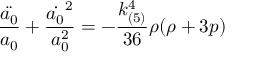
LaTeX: \frac { \ddot { a _ { 0 } } } { a _ { 0 } } + \frac { \dot { a _ { 0 } } ^ { 2 } } { a _ { 0 } ^ { 2 } } = - \frac { k _ { ( 5 ) } ^ { 4 } } { 3 6 } \rho ( \rho + 3 p )